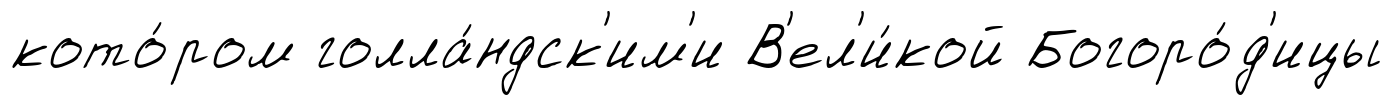
кото́ром голла́ндск'им'и В'ел'и́кой Богоро́д'ицы